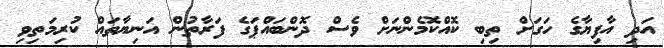
އަދި އާފިޔާގެ ހަގަށް ތިބި ކޮއްކޮމެންނަށް ވެސް ދޮންބައްޕަގެ ފަރާތުން އަނިޔާތައް ކުރިމަތިވި